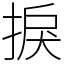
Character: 捩